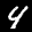
Label: 4